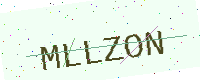
Text: MLLZON